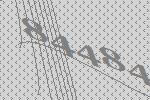
84484